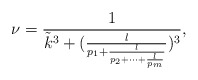
\begin{align*}\nu=\frac{1}{{\tilde k}^3+(\frac{l}{p_1+\frac{l}{p_2+\cdots+\frac{l}{p_m}}})^3},\end{align*}